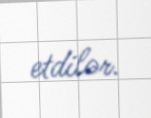
etdilər.